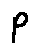
p